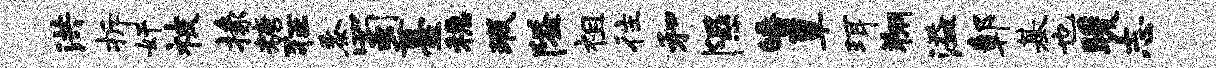
洪拆奸被掾糖狂黍蜀薹稳瑕隘祖往和隰皤簟珥翔溢鄣基也暖志